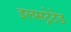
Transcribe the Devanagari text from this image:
इलसट्रेटेड